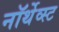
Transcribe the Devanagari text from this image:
नॉर्थेव्स्ट